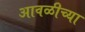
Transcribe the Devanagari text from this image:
आवळीच्या